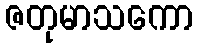
ဇတုမာသကော